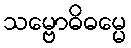
သမ္ဗောဓိဓမ္မေ